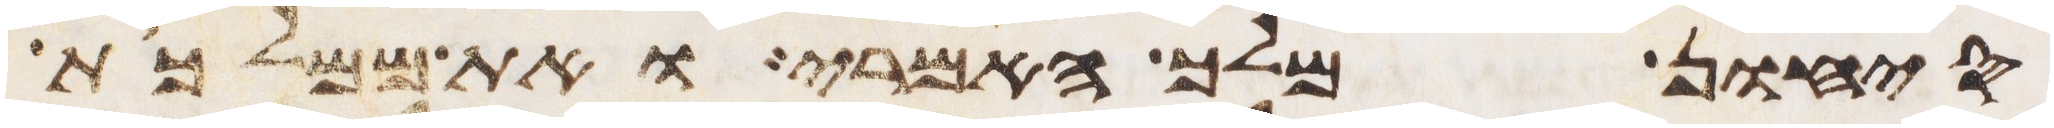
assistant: סיחון מלך האמרי ואת ממלכת